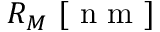
R _ { M } \ [ \mathrm { ~ n ~ m ~ } ]